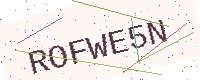
Text: ROFWE5N